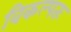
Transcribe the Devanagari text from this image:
विकल्पतः